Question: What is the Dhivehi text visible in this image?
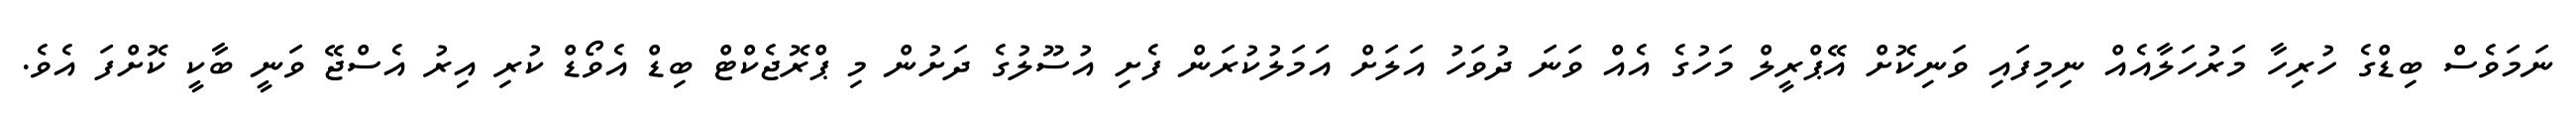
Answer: ނަމަވެސް ބިޑްގެ ހުރިހާ މަރުހަލާއެއް ނިމިފައި ވަނިކޮށް އޭޕްރީލް މަހުގެ އެއް ވަނަ ދުވަހު އަލަށް އަމަލުކުރަން ފެށި އުސޫލުގެ ދަށުން މި ޕްރޮޖެކްޓް ބިޑް އެވޯޑް ކުރި އިރު އެސްޖޭ ވަނީ ބާކީ ކޮށްފަ އެވެ.